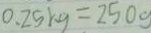
0 . 2 5 k g = 2 5 0 g